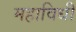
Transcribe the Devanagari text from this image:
महाविधी